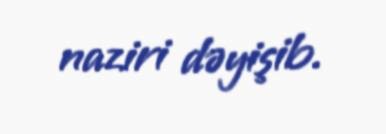
naziri dəyişib.